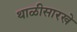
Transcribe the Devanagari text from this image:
थाळीसारखे